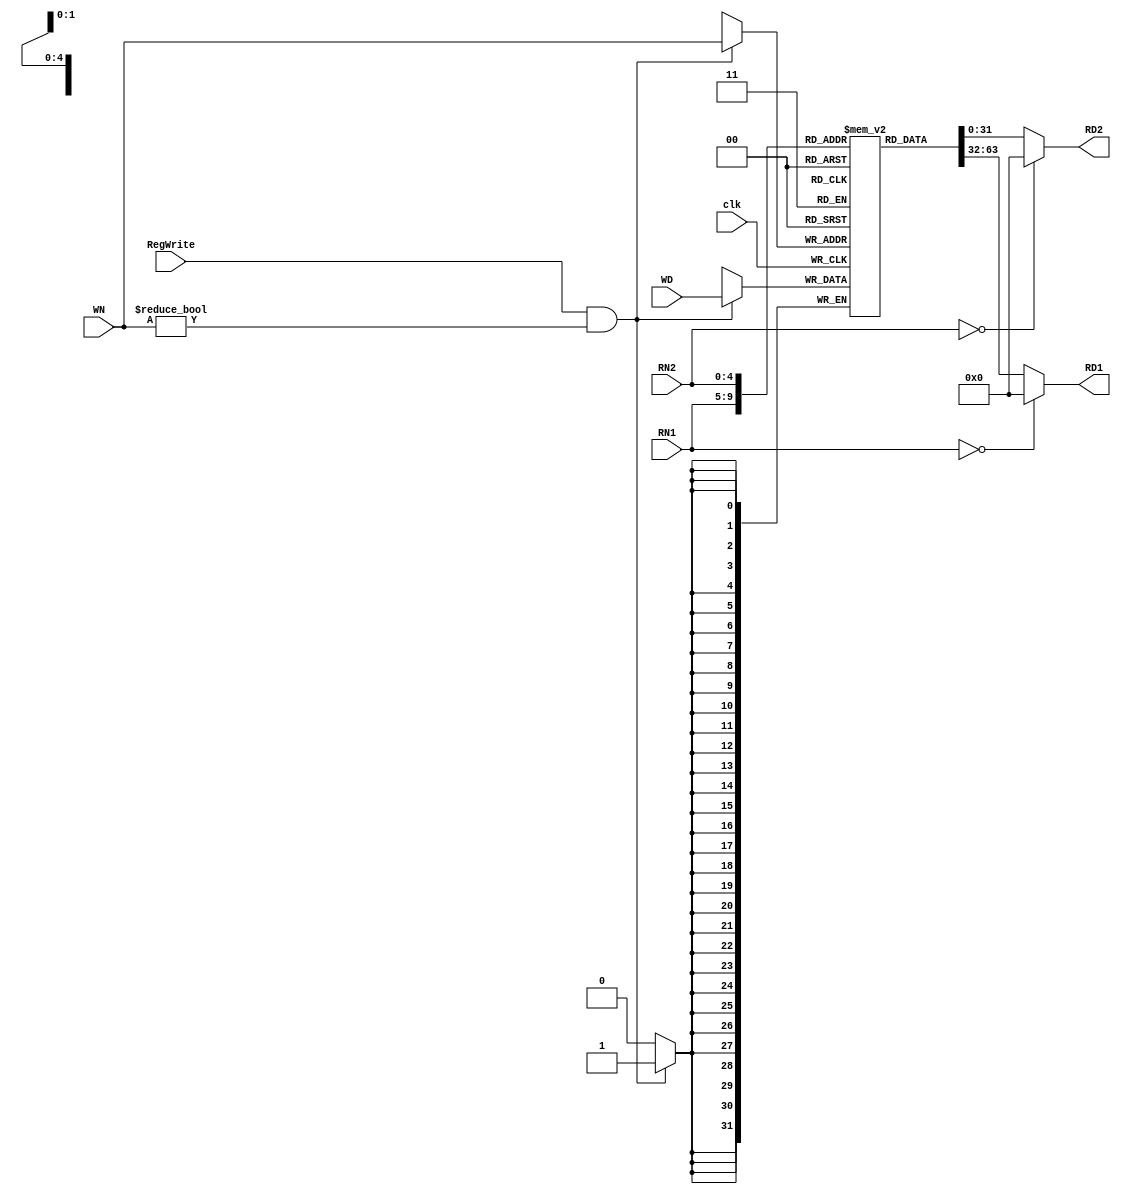
//-----------------------------------------------------------------------------
// Title         : Register File (32 32-bit registers)
// Project       : ECE 313 - Computer Organization
//-----------------------------------------------------------------------------
// Organization  : Lafayette College
// 
//-----------------------------------------------------------------------------
// Description :
//   Behavioral model of the register file  used in the implementations of the MIPS
//   processor subset described in Ch. 5-6 of "Computer Organization and Design, 3rd ed."
//   by David Patterson & John Hennessey, Morgan Kaufmann, 2004 (COD3e).  
//
//   It implements the function specified in Fig 5-7 on p. 295 of COD3e.
//
//-----------------------------------------------------------------------------

module reg_file(clk, RegWrite, RN1, RN2, WN, RD1, RD2, WD);
  input clk;
  input RegWrite;
  input [4:0] RN1, RN2, WN;
  input [31:0] WD;
  output [31:0] RD1, RD2;

  reg [31:0] RD1, RD2;
  reg [31:0] file_array [31:1];

  always @(RN1 or file_array[RN1])
  begin   
    if (RN1 == 0) RD1 = 32'd0;
    else RD1 = file_array[RN1];
    $display($time, " reg_file[%d] => %d (Port 1)", RN1, RD1);
  end

  always @(RN2 or file_array[RN2])
  begin
    if (RN2 == 0) RD2 = 32'd0;
    else RD2 = file_array[RN2];
    $display($time, " reg_file[%d] => %d (Port 2)", RN2, RD2);
  end

  always @(posedge clk) 
    if (RegWrite && (WN != 0))
    begin
      file_array[WN] <= WD;
      $display($time, " reg_file[%d] <= %d (Write)", WN, WD);
    end
endmodule